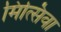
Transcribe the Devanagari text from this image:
मित्सिवा